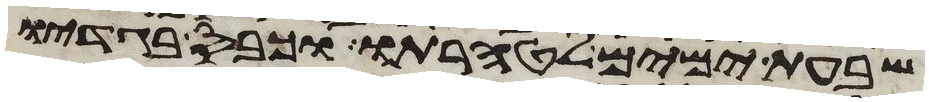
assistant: שבעת ימים לטהרתו וכבס בגדיו